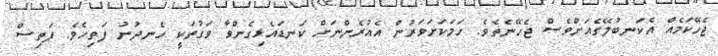
ޖެހޭކަމެއް އެކަނބުލޭގެއަށްވެސް ޖެހޭނެތެވެ. ހަމަކަށަވަރުން އެއުރެންނަށް ކަނޑައެޅިގެންވާ ވަގުތަކީ ހެނދުނު ފަތިހެވެ. ފަތިސް